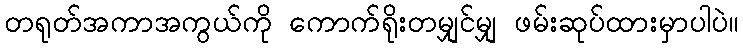
တရုတ်အကာအကွယ်ကို ကောက်ရိုးတမျှင်မျှ ဖမ်းဆုပ်ထားမှာပါပဲ။